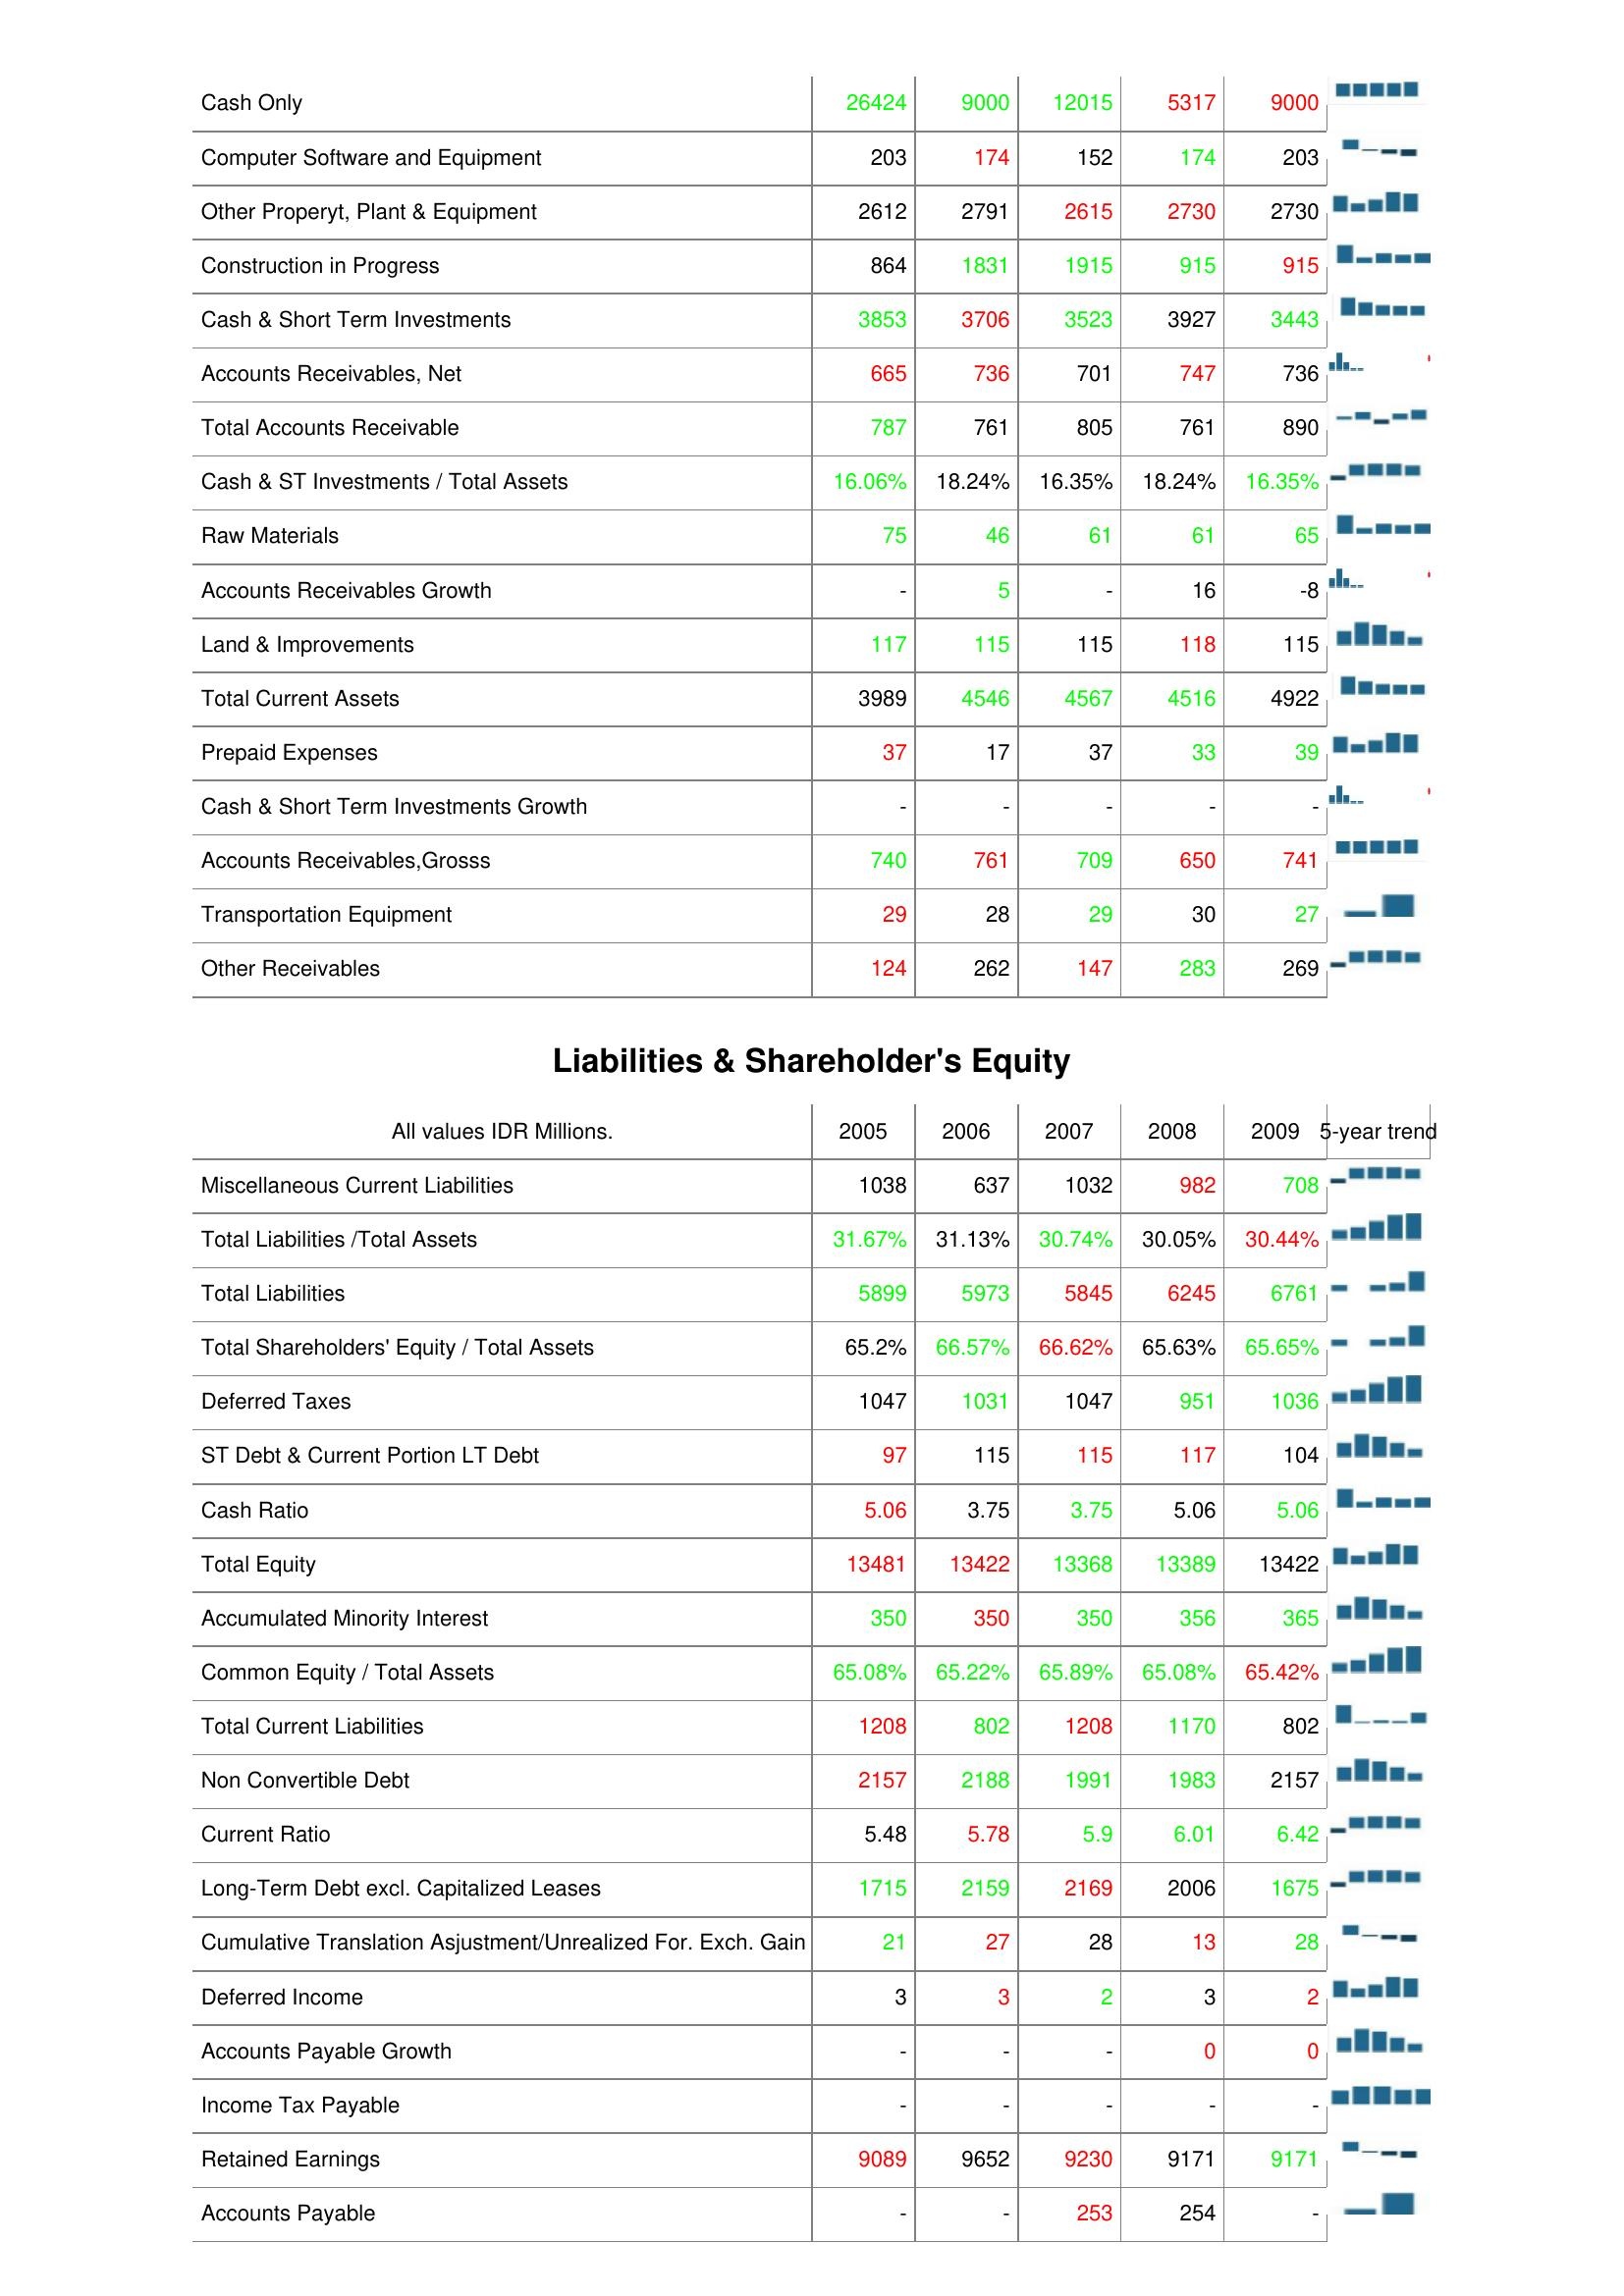
2005: Assets: Cash Only: 26424
Computer Software and Equipment: 203
Other Properyt, Plant & Equipment: 2612
Construction in Progress: 864
Cash & Short Term Investments: 3853
Accounts Receivables, Net: 665
Total Accounts Receivable: 787
Cash & ST Investments / Total Assets: 16.06%
Raw Materials: 75
Accounts Receivables Growth: -
Land & Improvements: 117
Total Current Assets: 3989
Prepaid Expenses: 37
Cash & Short Term Investments Growth: -
Accounts Receivables,Grosss: 740
Transportation Equipment: 29
Other Receivables: 124
Liabilities & Shareholder's Equity: Miscellaneous Current Liabilities: 1038
Total Liabilities /Total Assets: 31.67%
Total Liabilities: 5899
Total Shareholders' Equity / Total Assets: 65.2%
Deferred Taxes: 1047
ST Debt & Current Portion LT Debt: 97
Cash Ratio: 5.06
Total Equity: 13481
Accumulated Minority Interest: 350
Common Equity / Total Assets: 65.08%
Total Current Liabilities: 1208
Non Convertible Debt: 2157
Current Ratio: 5.48
Long-Term Debt excl. Capitalized Leases: 1715
Cumulative Translation Asjustment/Unrealized For. Exch. Gain: 21
Deferred Income: 3
Accounts Payable Growth: -
Income Tax Payable: -
Retained Earnings: 9089
Accounts Payable: -
2006: Assets: Cash Only: 9000
Computer Software and Equipment: 174
Other Properyt, Plant & Equipment: 2791
Construction in Progress: 1831
Cash & Short Term Investments: 3706
Accounts Receivables, Net: 736
Total Accounts Receivable: 761
Cash & ST Investments / Total Assets: 18.24%
Raw Materials: 46
Accounts Receivables Growth: 5
Land & Improvements: 115
Total Current Assets: 4546
Prepaid Expenses: 17
Cash & Short Term Investments Growth: -
Accounts Receivables,Grosss: 761
Transportation Equipment: 28
Other Receivables: 262
Liabilities & Shareholder's Equity: Miscellaneous Current Liabilities: 637
Total Liabilities /Total Assets: 31.13%
Total Liabilities: 5973
Total Shareholders' Equity / Total Assets: 66.57%
Deferred Taxes: 1031
ST Debt & Current Portion LT Debt: 115
Cash Ratio: 3.75
Total Equity: 13422
Accumulated Minority Interest: 350
Common Equity / Total Assets: 65.22%
Total Current Liabilities: 802
Non Convertible Debt: 2188
Current Ratio: 5.78
Long-Term Debt excl. Capitalized Leases: 2159
Cumulative Translation Asjustment/Unrealized For. Exch. Gain: 27
Deferred Income: 3
Accounts Payable Growth: -
Income Tax Payable: -
Retained Earnings: 9652
Accounts Payable: -
2007: Assets: Cash Only: 12015
Computer Software and Equipment: 152
Other Properyt, Plant & Equipment: 2615
Construction in Progress: 1915
Cash & Short Term Investments: 3523
Accounts Receivables, Net: 701
Total Accounts Receivable: 805
Cash & ST Investments / Total Assets: 16.35%
Raw Materials: 61
Accounts Receivables Growth: -
Land & Improvements: 115
Total Current Assets: 4567
Prepaid Expenses: 37
Cash & Short Term Investments Growth: -
Accounts Receivables,Grosss: 709
Transportation Equipment: 29
Other Receivables: 147
Liabilities & Shareholder's Equity: Miscellaneous Current Liabilities: 1032
Total Liabilities /Total Assets: 30.74%
Total Liabilities: 5845
Total Shareholders' Equity / Total Assets: 66.62%
Deferred Taxes: 1047
ST Debt & Current Portion LT Debt: 115
Cash Ratio: 3.75
Total Equity: 13368
Accumulated Minority Interest: 350
Common Equity / Total Assets: 65.89%
Total Current Liabilities: 1208
Non Convertible Debt: 1991
Current Ratio: 5.9
Long-Term Debt excl. Capitalized Leases: 2169
Cumulative Translation Asjustment/Unrealized For. Exch. Gain: 28
Deferred Income: 2
Accounts Payable Growth: -
Income Tax Payable: -
Retained Earnings: 9230
Accounts Payable: 253
2008: Assets: Cash Only: 5317
Computer Software and Equipment: 174
Other Properyt, Plant & Equipment: 2730
Construction in Progress: 915
Cash & Short Term Investments: 3927
Accounts Receivables, Net: 747
Total Accounts Receivable: 761
Cash & ST Investments / Total Assets: 18.24%
Raw Materials: 61
Accounts Receivables Growth: 16
Land & Improvements: 118
Total Current Assets: 4516
Prepaid Expenses: 33
Cash & Short Term Investments Growth: -
Accounts Receivables,Grosss: 650
Transportation Equipment: 30
Other Receivables: 283
Liabilities & Shareholder's Equity: Miscellaneous Current Liabilities: 982
Total Liabilities /Total Assets: 30.05%
Total Liabilities: 6245
Total Shareholders' Equity / Total Assets: 65.63%
Deferred Taxes: 951
ST Debt & Current Portion LT Debt: 117
Cash Ratio: 5.06
Total Equity: 13389
Accumulated Minority Interest: 356
Common Equity / Total Assets: 65.08%
Total Current Liabilities: 1170
Non Convertible Debt: 1983
Current Ratio: 6.01
Long-Term Debt excl. Capitalized Leases: 2006
Cumulative Translation Asjustment/Unrealized For. Exch. Gain: 13
Deferred Income: 3
Accounts Payable Growth: 0
Income Tax Payable: -
Retained Earnings: 9171
Accounts Payable: 254
2009: Assets: Cash Only: 9000
Computer Software and Equipment: 203
Other Properyt, Plant & Equipment: 2730
Construction in Progress: 915
Cash & Short Term Investments: 3443
Accounts Receivables, Net: 736
Total Accounts Receivable: 890
Cash & ST Investments / Total Assets: 16.35%
Raw Materials: 65
Accounts Receivables Growth: -8
Land & Improvements: 115
Total Current Assets: 4922
Prepaid Expenses: 39
Cash & Short Term Investments Growth: -
Accounts Receivables,Grosss: 741
Transportation Equipment: 27
Other Receivables: 269
Liabilities & Shareholder's Equity: Miscellaneous Current Liabilities: 708
Total Liabilities /Total Assets: 30.44%
Total Liabilities: 6761
Total Shareholders' Equity / Total Assets: 65.65%
Deferred Taxes: 1036
ST Debt & Current Portion LT Debt: 104
Cash Ratio: 5.06
Total Equity: 13422
Accumulated Minority Interest: 365
Common Equity / Total Assets: 65.42%
Total Current Liabilities: 802
Non Convertible Debt: 2157
Current Ratio: 6.42
Long-Term Debt excl. Capitalized Leases: 1675
Cumulative Translation Asjustment/Unrealized For. Exch. Gain: 28
Deferred Income: 2
Accounts Payable Growth: 0
Income Tax Payable: -
Retained Earnings: 9171
Accounts Payable: -